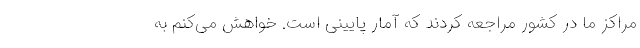
مراکز ما در کشور مراجعه کردند که آمار پایینی است. خواهش می‌کنم به